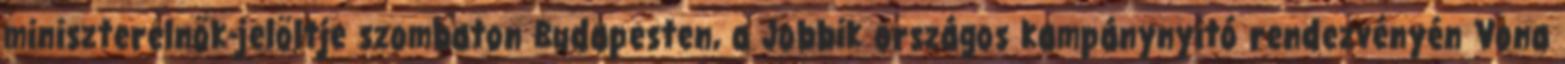
miniszterelnök-jelöltje szombaton Budapesten, a Jobbik országos kampánynyitó rendezvényén Vona